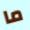
ما